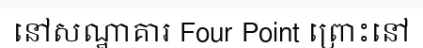
នៅសណ្ឋាគារ Four Point ព្រោះនៅ